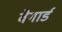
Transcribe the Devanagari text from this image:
वेगार्ड